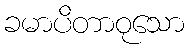
ခမာပိတာဝုသော